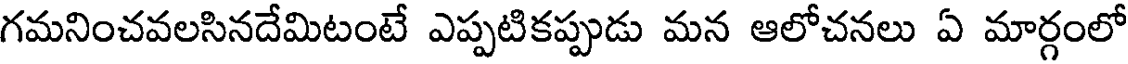
గమనించవలసినదేమిటంటే ఎప్పటికప్పుడు మన ఆలోచనలు ఏ మార్గంలో